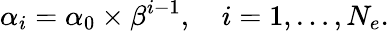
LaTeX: \alpha_{i}=\alpha_{0}\times\beta^{i-1},\quad i=1,\ldots,N_{e}.